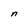
Character: n